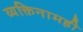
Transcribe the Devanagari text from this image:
व्यक्तिनामही